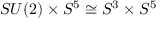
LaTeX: S U ( 2 ) \times S ^ { 5 } \cong S ^ { 3 } \times S ^ { 5 }